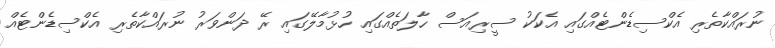
ނުރައްކާތެރި އެކްސިޑެންޓެއްގައި އެކަކު ސީރިއަސް ހާލަތެއްގައި ހުޅުމާލޭގައި ރޭ ދަންވަރު ނުރައްކާތެރި އެކްސިޑެންޓެއް